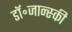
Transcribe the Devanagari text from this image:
डॉ॰जान्स्की